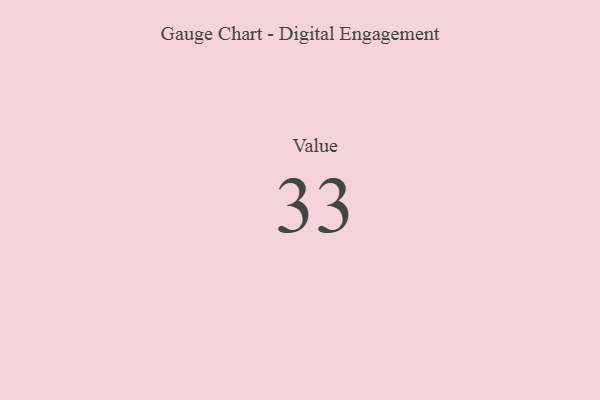
{"axis": {"x": "Metric", "y": "Value"}, "legend": [""], "data": [{"x": "Value", "y": 33, "type": ""}]}